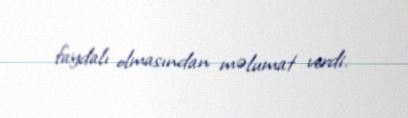
faydalı olmasından məlumat verdi.